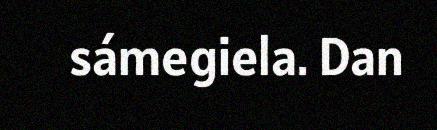
sámegiela. Dan